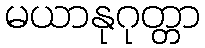
မယာနုဂုတ္တာ